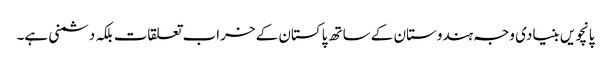
پانچویں بنیادی وجہ ہندوستان کے ساتھ پاکستان کے خراب تعلقات بلکہ دشمنی ہے۔